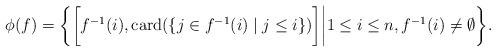
LaTeX: \begin{align*}\phi(f)=\bigg\{\bigg[f^{-1}(i),{\rm card}(\{j\in f^{-1}(i)\mid j\leq i\})\bigg]\bigg| 1\leq i\leq n, f^{-1}(i)\neq \emptyset\bigg\}.\end{align*}